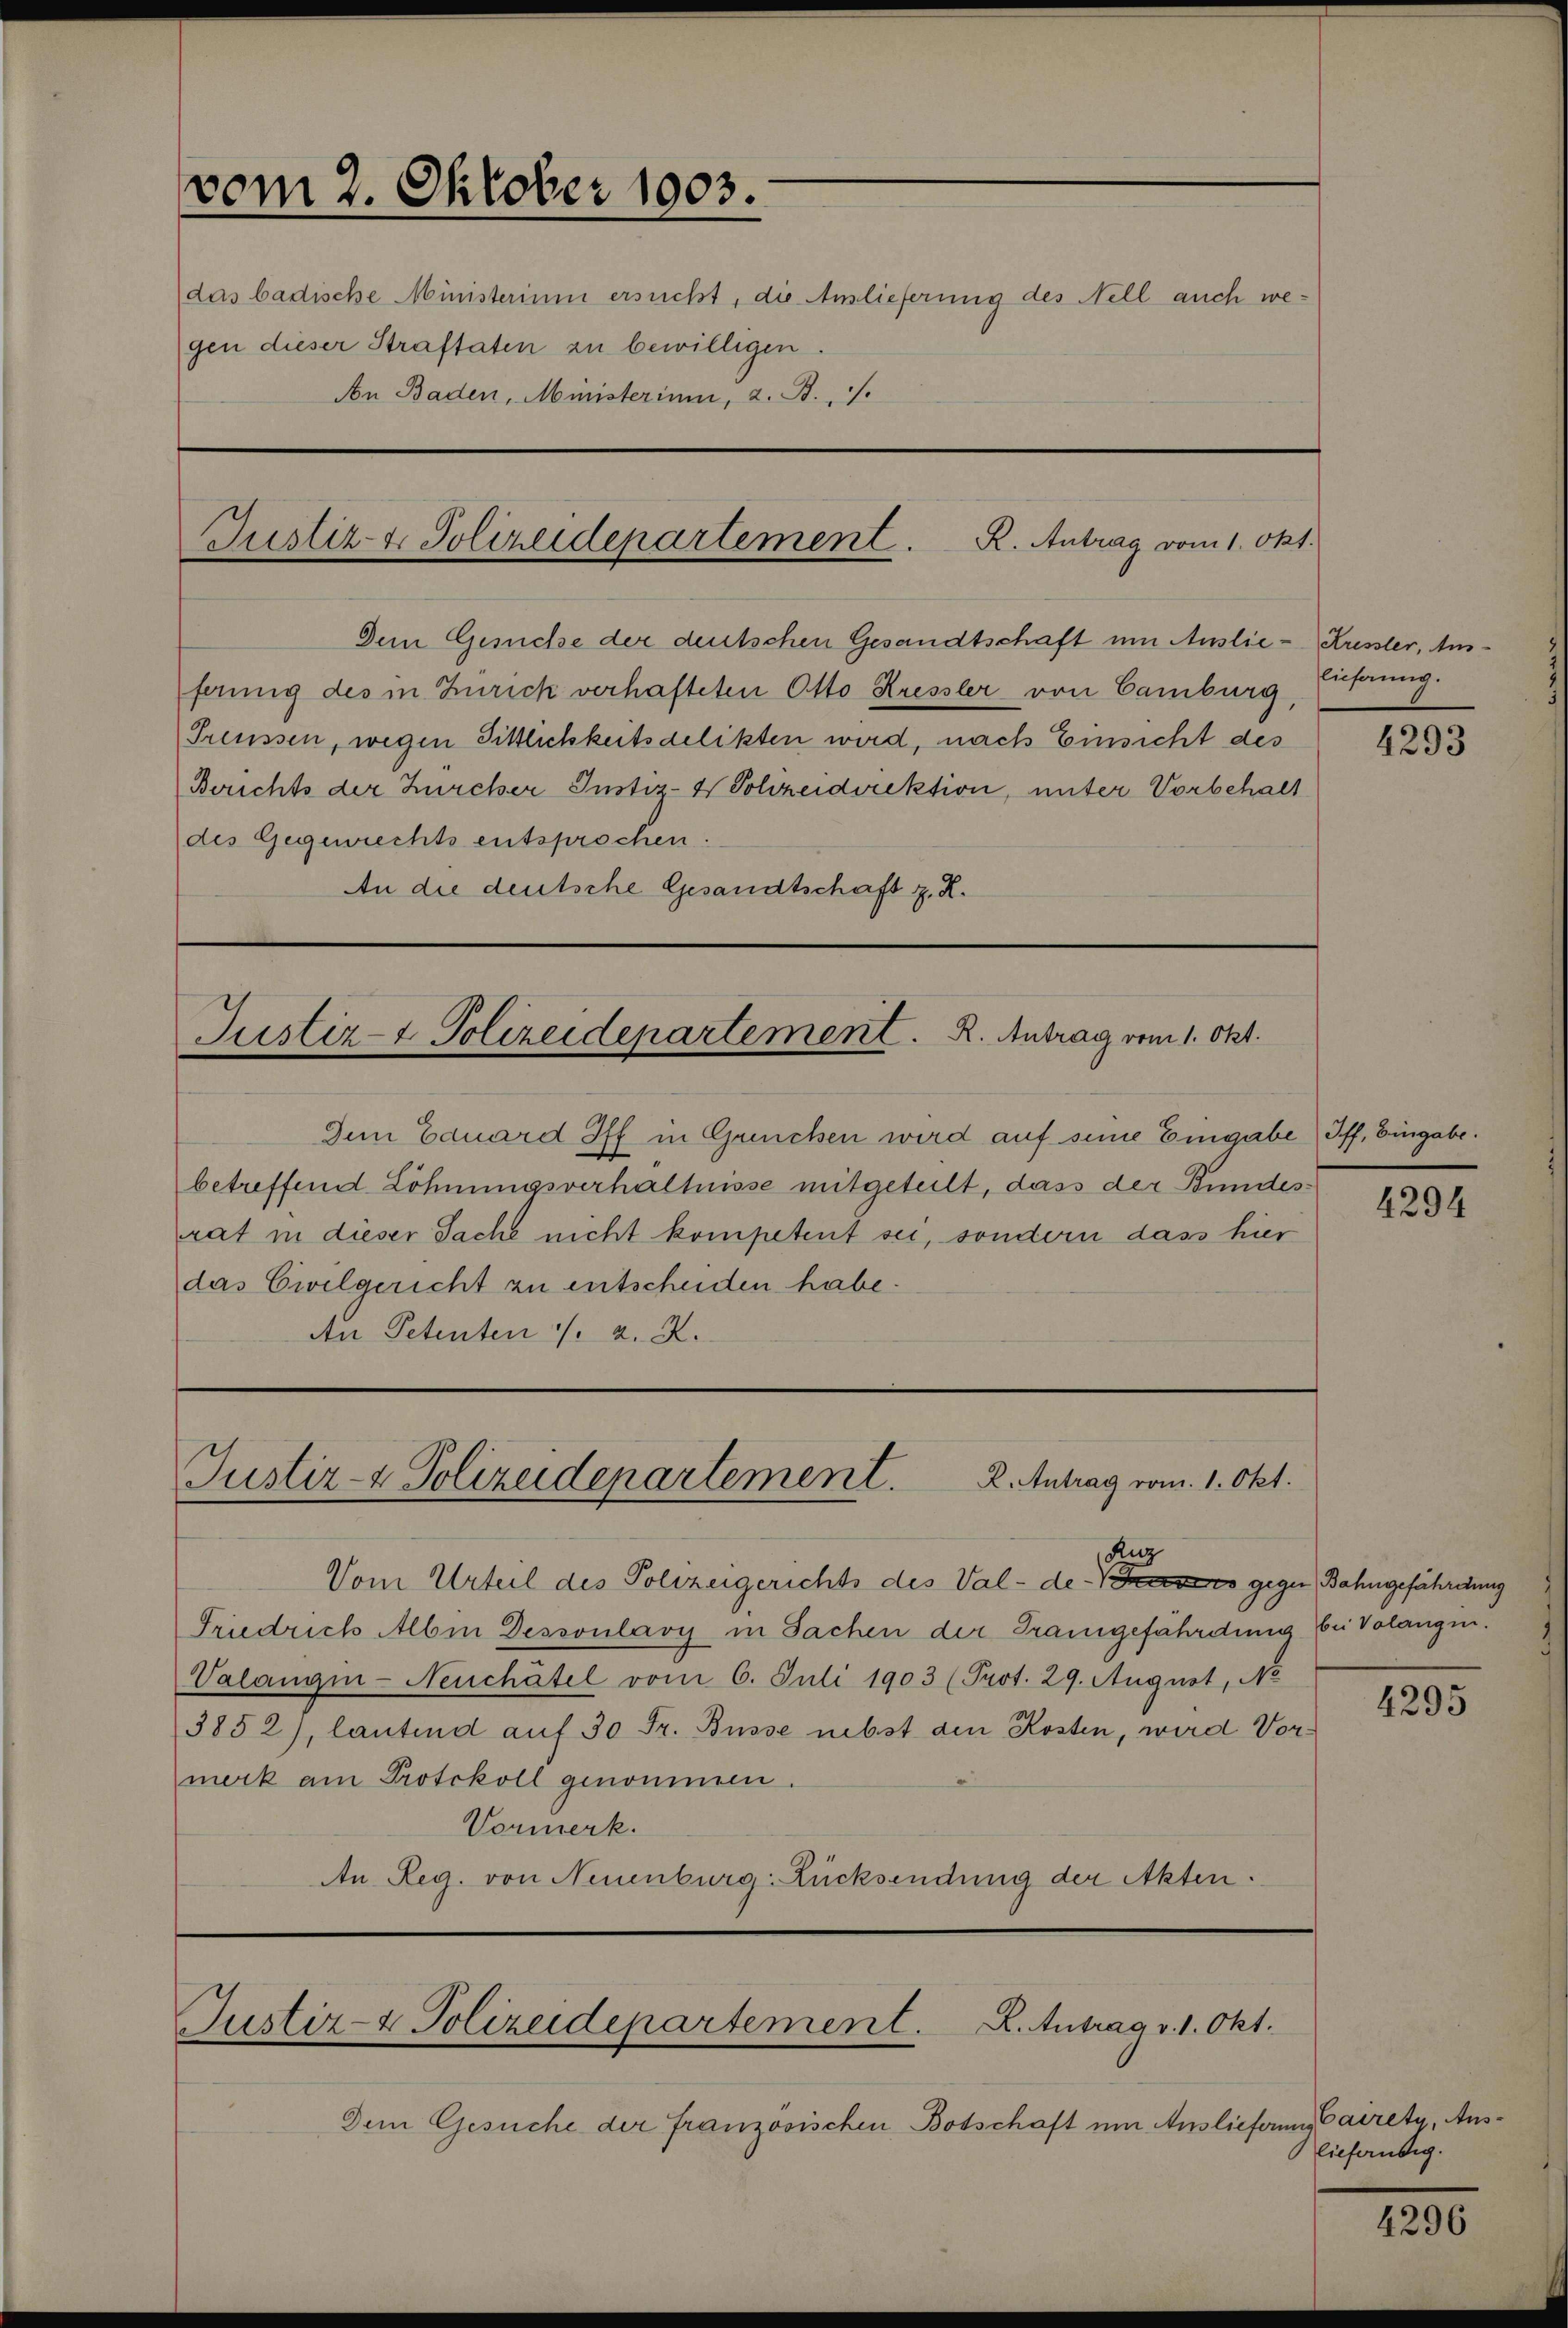
vom 2. Oktober 1903.
(das badische Ministerium ersucht, die Auslieferung des Nell auch we¬

gen dieser Straftaten zu bewilligen.
An Baden, Ministerium, 2. B.

Justiz- & Polizeidepartement. R. Antrag vom 1. Okt.

Dem Gesuche der deutschen Gesandtschaft um Auslie- Krister, Ausferung des in Zürick verhafteten Otto Kressler von Camburg
Preussen, wegen Sittlichkeitsdelikten wird, nach Einsicht des
Berichts der Zürcher Justiz- & Sohzeidirektion, unter Vorbehalt
des Gegenrechts entsprochen.
An die deutsche Gesandtschaft z. R.

Justiz-E. Polizeidepartement. R. Antrag vom 1. Okt.

Ien Eduard Iff in Grüncken wird auf seine Eingabe Iff, Eingabe.
betreffend Löhnungsverhältnisse mitgeteilt, dass der Bundesrat in dieser Sache nicht kompetent sei, sondern dass hier
das Civilgericht zu entscheiden habe.
An Petenten /. d. 2.

Justiz- & Polizeidepartement. 2. Antrag vom 1. Okt.

Ruz
Vom Urteil des Polizeigerichts des Val-de-Vrieses gegen Bahngefährdung
Friedrich Albin Dessoulavy in Sachen der Trangefährdung bei Volangin.
Valangin-Neuchâtel vom 6. Juli 1903 (Prot. 29. August, No
3852), lautend auf 30 Fr. Busse nebst den Kosten, wird Vormerk am Protokoll genommen.
Vormerk.
An Reg. von Neuenburg: Zücksendung der Akten.

Justiz- & Polizeidepartement. A. Antrag v. 1. Okt.

Dem Gesuche der französischen Botschaft um Auslieferung Cairety, Aus¬

Eichnung.

4293

4294

4295

lieferusig.

4296